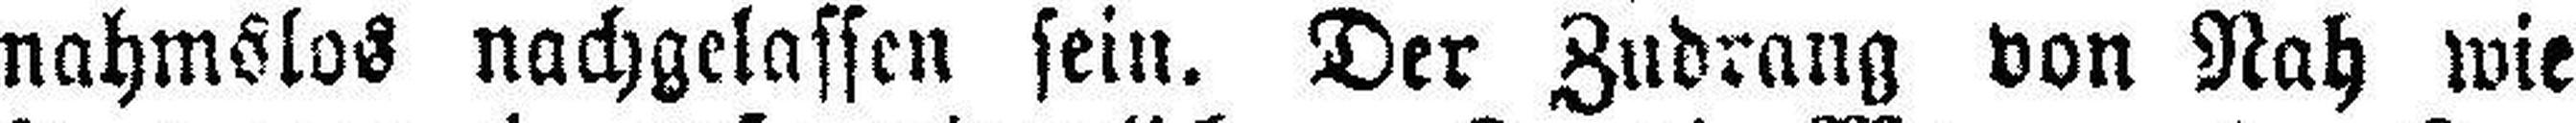
nahmslos nachgelassen sein. Der Zudrang von Nah wie